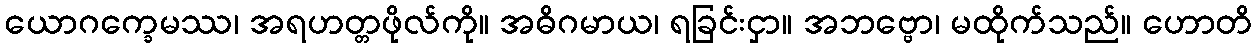
ယောဂက္ခေမဿ၊ အရဟတ္တဖိုလ်ကို။ အဓိဂမာယ၊ ရခြင်းငှာ။ အဘဗ္ဗော၊ မထိုက်သည်။ ဟောတိ